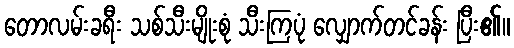
တောလမ်းခရီး သစ်သီးမျိုးစုံ သီးကြပုံ လျှောက်တင်ခန်း ပြီး၏။